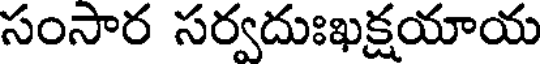
సంసార సర్వదుఃఖక్షయాయ